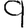
Digit: 9